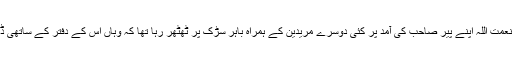
بیان ایسے ہے کہ نعمت اللہ اپنے پیر صاحب کی آمد پر کئی دوسرے مریدین کے ہمراہ باہر سڑک پر ٹھٹھر رہا تھا کہ وہاں اس کے دفتر کے ساتھی ڈرائیور کا گزر ہوا۔